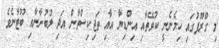
މި ގްރޫޕުގައި ހިމެނެނީ ކުވޭތާއި އިންޑިޔާ އާއި ތަޖިކިސްތާން އަދި ލުބުނާނާއި ބޫޓާނެވެ.